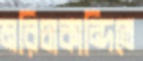
মরিচাকান্দিতে